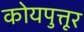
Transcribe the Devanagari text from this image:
कोयपुत्तूर